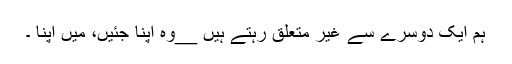
ہم ایک دوسرے سے غیر متعلق رہتے ہیں __وہ اپنا جئیں، میں اپنا ۔